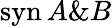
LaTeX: \mathrm{syn}\, A\& B